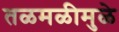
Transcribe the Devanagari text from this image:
तळमळीमुळे